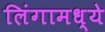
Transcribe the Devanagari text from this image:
लिंगामध्ये